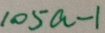
1 0 5 a - 1